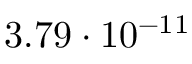
3 . 7 9 \cdot 1 0 ^ { - 1 1 }